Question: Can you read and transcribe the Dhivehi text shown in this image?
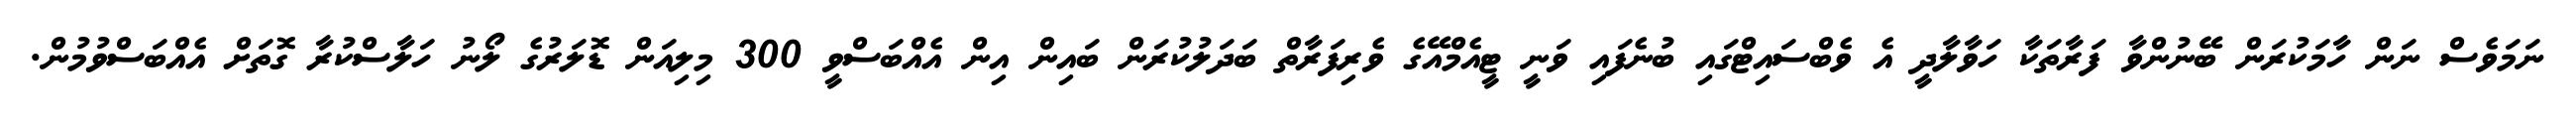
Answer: ނަމަވެސް ނަން ހާމަކުރަން ބޭނުންވާ ފަރާތަކާ ހަވާލާދީ އެ ވެބްސައިޓްގައި ބުނެފައި ވަނީ ޓީއެމްއޭގެ ވެރިފަރާތް ބަދަލުކުރަން ބައިން އިން އެއްބަސްވީ 300 މިލިއަން ޑޮލަރުގެ ލޯނު ހަލާސްކުރާ ގޮތަށް އެއްބަސްވުމުން.